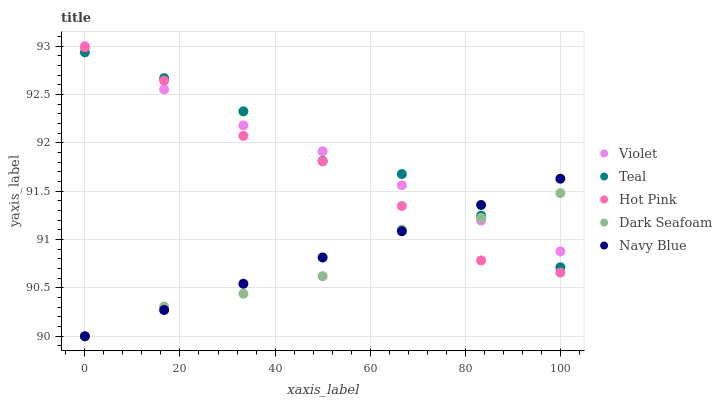
| xaxis_label | Violet | Teal | Hot Pink | Dark Seafoam | Navy Blue |
 | --- | --- | --- | --- | --- | --- |
 | 0 | 93 | 92.9 | 93 | 90 | 90 |
 | 16.7 | 92.6 | 92.7 | 92.6 | 90.3 | 90.3 |
 | 33.3 | 92.2 | 92.3 | 92.1 | 90.4 | 90.5 |
 | 50 | 91.9 | 91.8 | 91.8 | 90.6 | 90.8 |
 | 66.7 | 91.6 | 91.7 | 91.3 | 91.1 | 91.1 |
 | 83.3 | 91.2 | 91.2 | 90.8 | 91.2 | 91.4 |
 | 100 | 90.9 | 90.7 | 90.7 | 91.5 | 91.6 |